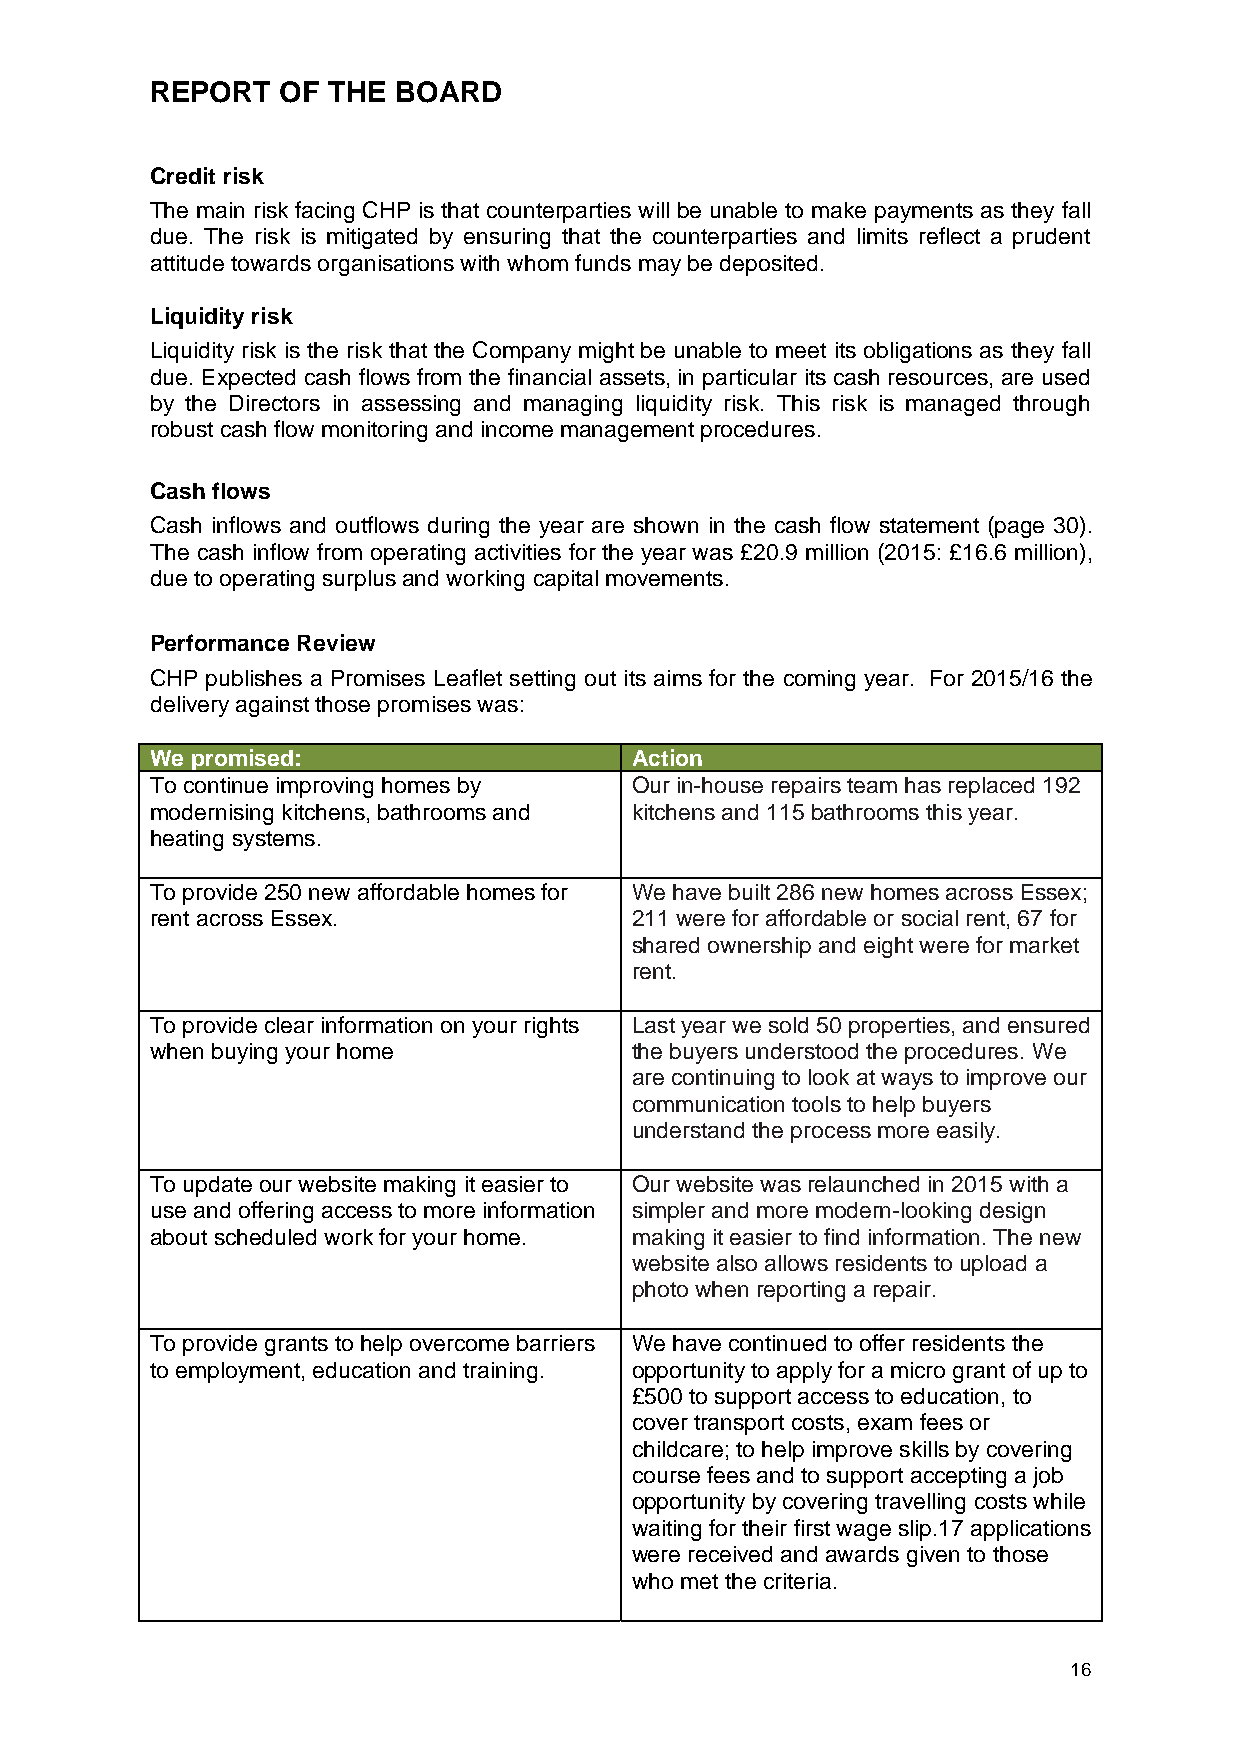
REPORT   OF THE BOARD
 Credit risk
 The main risk facing CHP is that counterparties will be unable to make payments as they fall
 due. The risk is mitigated by ensuring that the counterparties and limits reflect a prudent
 attitude towards organisations with whom funds may be deposited.
 Liquidity risk
 Liquidity risk is the risk that the Company might be unable to meet its obligations as they fall
 due. Expected cash flows from the financial assets, in particular its cash resources, are used
 by the Directors in assessing and managing liquidity risk. This risk is managed through
 robust cash flow monitoring and income management procedures.
 Cash flows
 Cash inflows and outflows during the year are shown in the cash flow statement (page 30).
 The cash inflow from operating activities for the year was £20.9 million (2015: £16.6 million),
 due to operating surplus and working capital movements.
 Performance Review
 CHP publishes a Promises Leaflet setting out its aims for the coming year. For 2015/16 the
 delivery against those promises was:
 We promised:                    Action
 To continue improving homes by  Our in-house repairs team has replaced 192
 modernising kitchens, bathrooms and kitchens and 115 bathrooms this year.
 heating systems.
 To provide 250 new affordable homes for We have built 286 new homes across Essex;
 rent across Essex.              211 were for affordable or social rent, 67 for
 shared ownership and eight were for market
 rent.
 To provide clear information on your rights Last year we sold 50 properties, and ensured
 when buying your home           the buyers understood the procedures. We
 are continuing to look at ways to improve our
 communication tools to help buyers
 understand the process more easily.
 To update our website making it easier to Our website was relaunched in 2015 with a
 use and offering access to more information simpler and more modern-looking design
 about scheduled work for your home. making it easier to find information. The new
 website also allows residents to upload a
 photo when reporting a repair.
 To provide grants to help overcome barriers We have continued to offer residents the
 to employment, education and training. opportunity to apply for a micro grant of up to
 £500 to support access to education, to
 cover transport costs, exam fees or
 childcare; to help improve skills by covering
 course fees and to support accepting a job
 opportunity by covering travelling costs while
 waiting for their first wage slip.17 applications
 were received and awards given to those
 who met the criteria.
 16